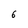
Character: 6